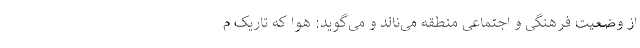
از وضعیت فرهنگی و اجتماعی منطقه می‌نالد و می‌گوید: هوا که تاریک م